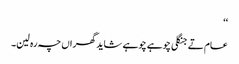
‘‘
عام تے جنگلی چوہے چوہے شاید گھراں چہ رہ لین۔